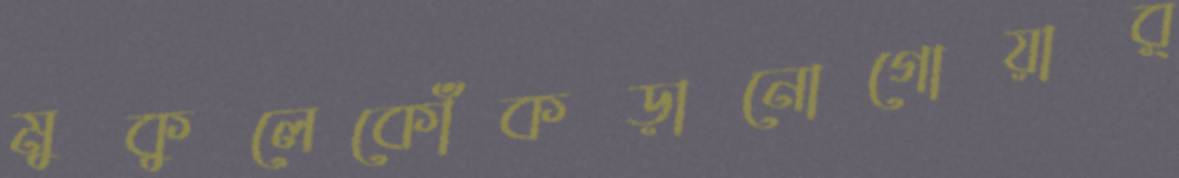
মুকুলেকোঁকড়ানোগোয়ার্